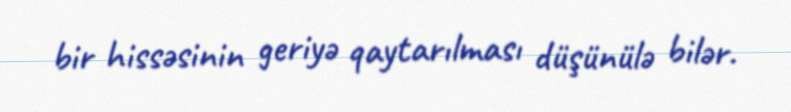
bir hissəsinin geriyə qaytarılması düşünülə bilər.